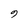
Character: 9